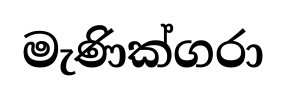
මැණික්ගරා